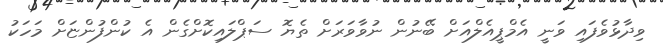
ވިދާޅުވެފައި ވަނީ އެމްޕީއެލްއަށް ބޭނުން ނުވާވަރަށް ތެޔޮ ސަޕްލައިކޮށްގެން އެ ކުންފުންޏަށް މަހަކު